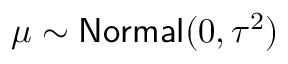
\mu \sim \mathsf { N o r m a l } ( 0 , \tau ^ { 2 } )